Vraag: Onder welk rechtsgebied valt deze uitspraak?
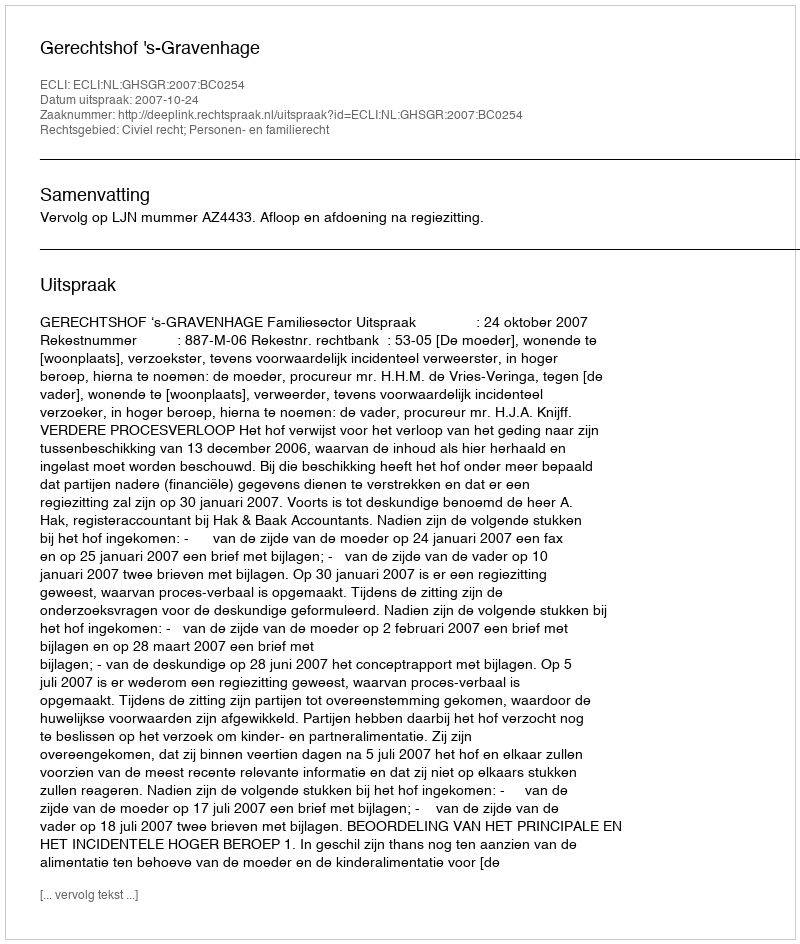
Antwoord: Civiel recht; Personen- en familierecht